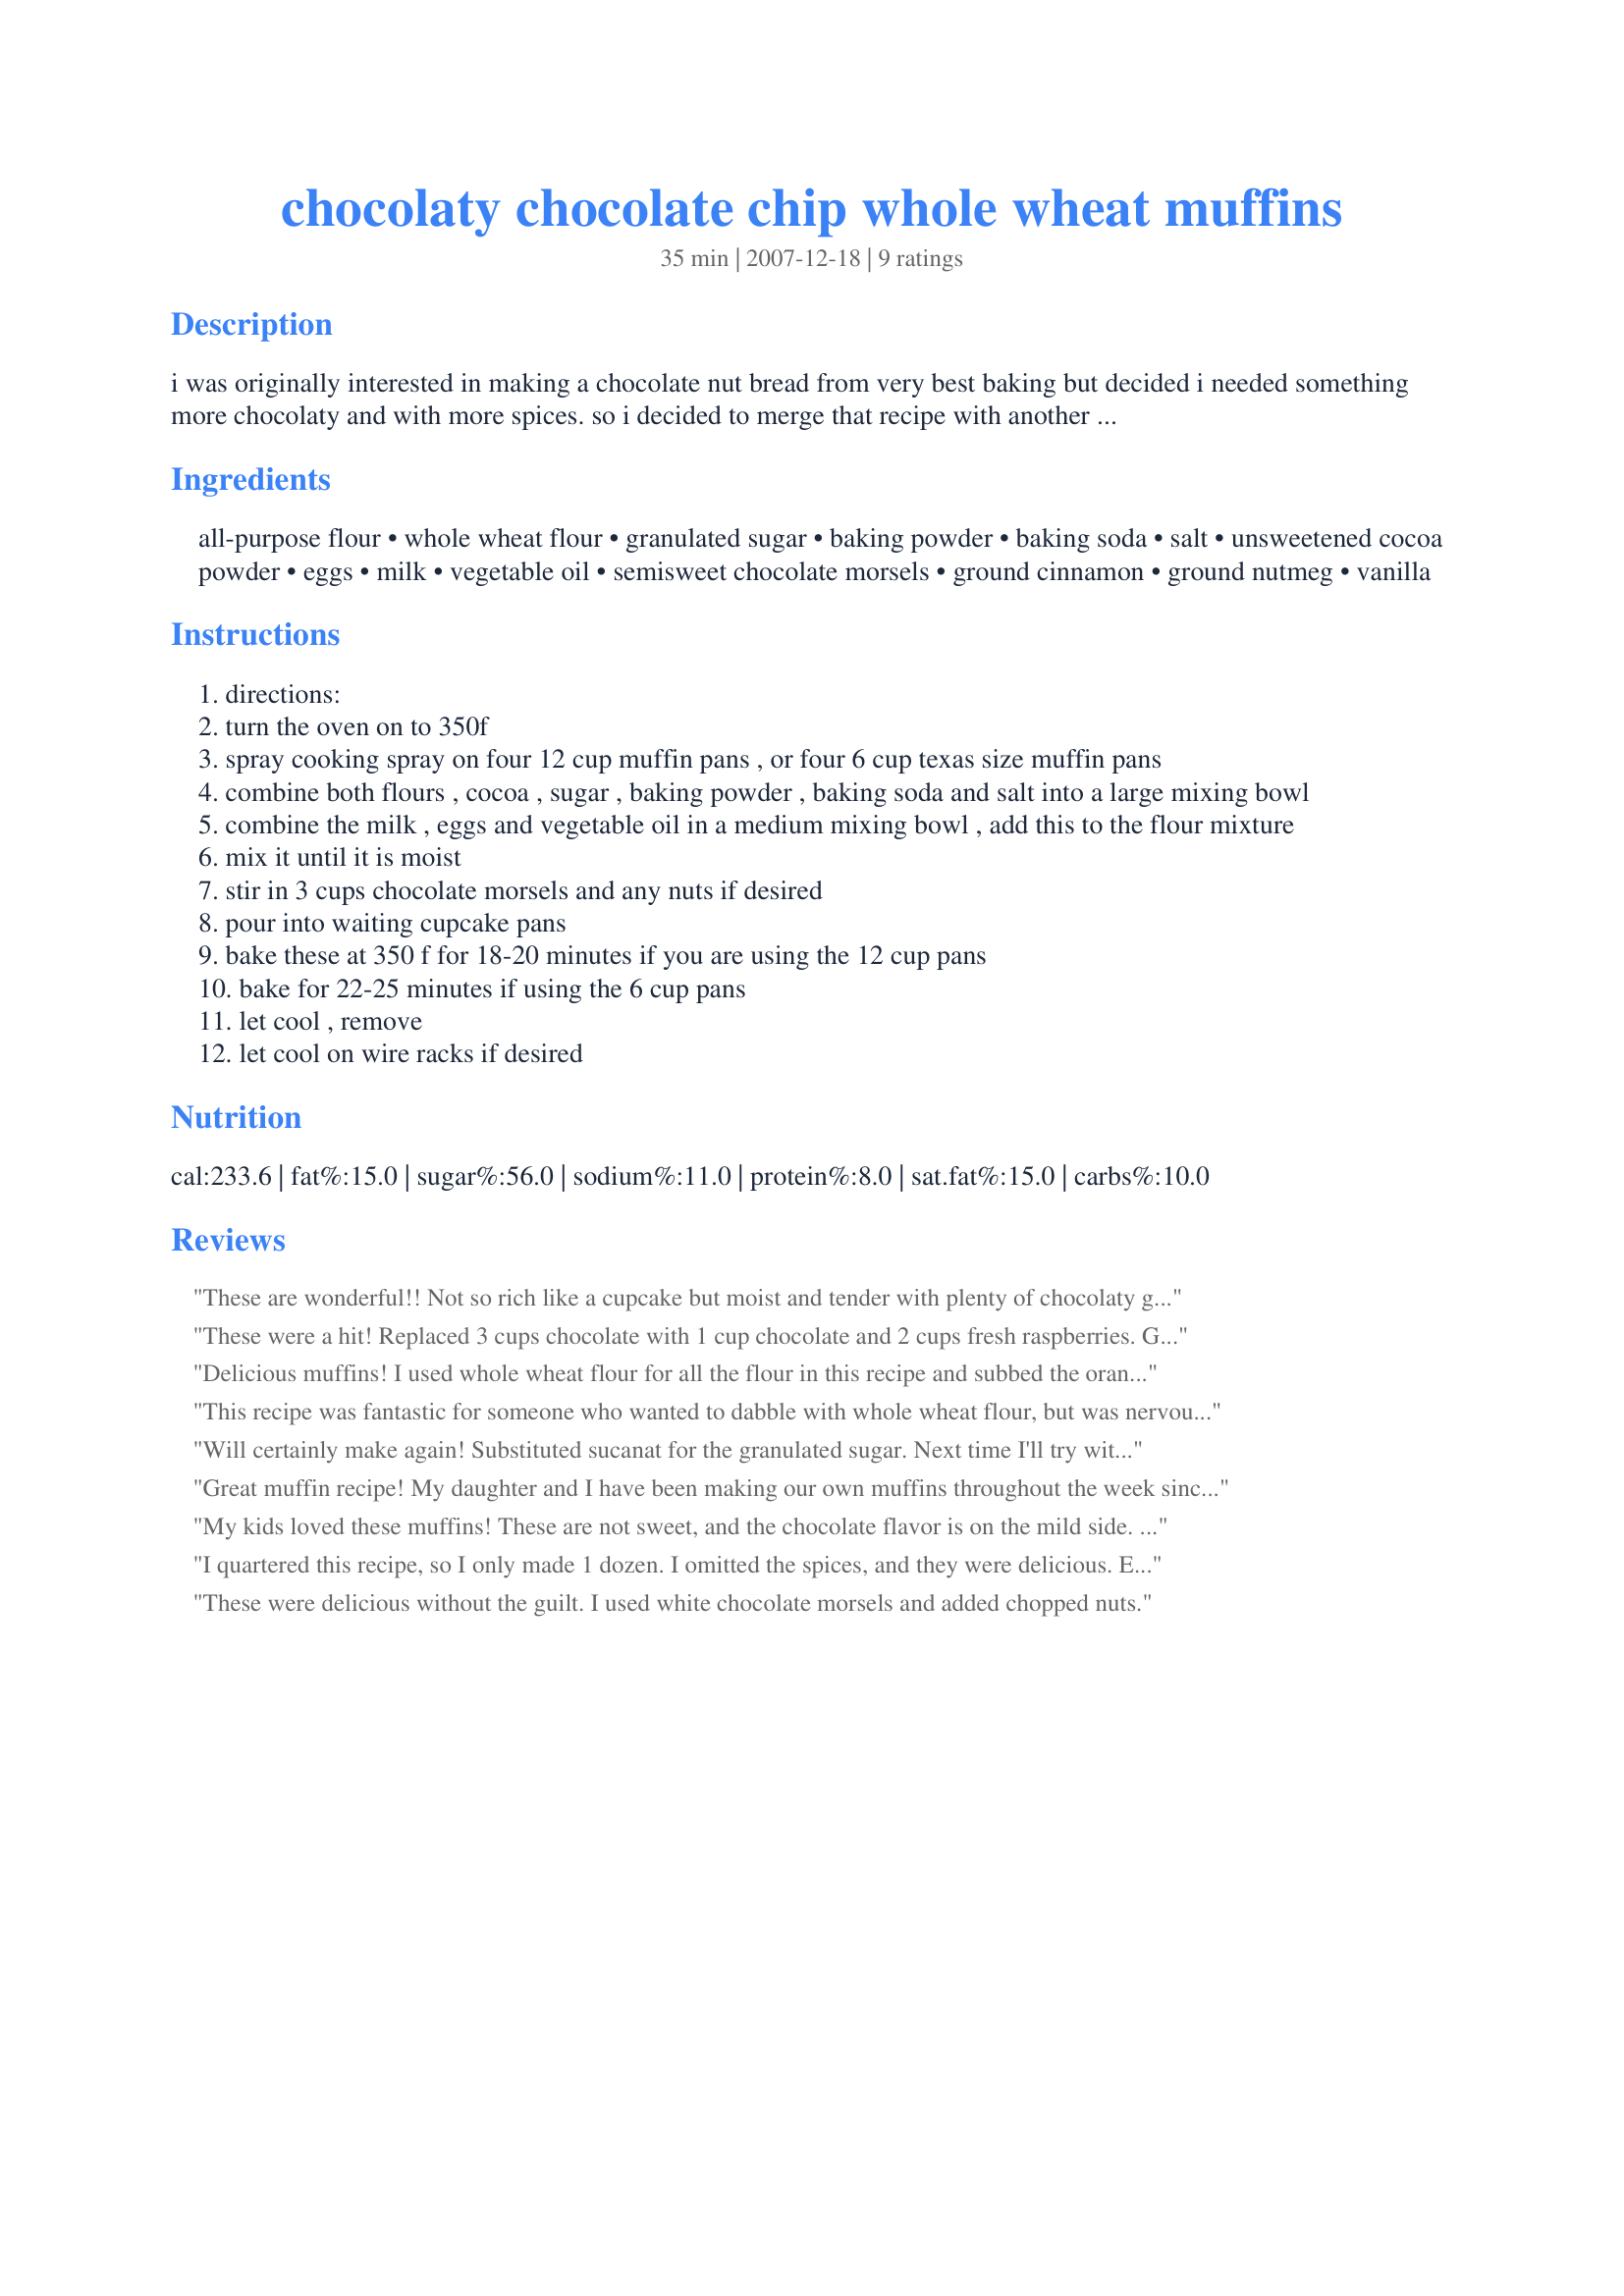
chocolaty chocolate chip whole wheat muffins
Preparation time: 35 minutes

i was originally interested in making a chocolate nut bread from very best baking but decided i needed something more chocolaty and with more spices. so i decided to merge that recipe with another muffin recipe i use that calls for cinnamon and nutmeg. i wanted it to look chocolaty too though so i also added cocoa powder. i do want to add that this recipe is not very sweet. it is just right. you can use just all purpose flour if desired. this recipe will make 48 regular sized muffins or 24 texas sized muffins. you can also freeze some for later.

Ingredients:
all-purpose flour, whole wheat flour, granulated sugar, baking powder, baking soda, salt, unsweetened cocoa powder, eggs, milk, vegetable oil, semisweet chocolate morsels, ground cinnamon, ground nutmeg, vanilla

Steps:
directions:
turn the oven on to 350f
spray cooking spray on four 12 cup muffin pans , or four 6 cup texas size muffin pans
combine both flours , cocoa , sugar , baking powder , baking soda and salt into a large mixing bowl
combine the milk , eggs and vegetable oil in a medium mixing bowl , add this to the flour mixture
mix it until it is moist
stir in 3 cups chocolate morsels and any nuts if desired
pour into waiting cupcake pans
bake these at 350 f for 18-20 minutes if you are using the 12 cup pans
bake for 22-25 minutes if using the 6 cup pans
let cool , remove
let cool on wire racks if desired

Reviews:
These are wonderful!! Not so rich like a cupcake but moist and tender with plenty of chocolaty goodness. They were a hit for kids and adults alike and I plan on making many more! Thanks for a great recipe!
These were a hit! Replaced 3 cups chocolate with 1 cup chocolate and 2 cups fresh raspberries. Great, moist texture, rich flavour. Thanks, Jasmine.
Delicious muffins! I used whole wheat flour for all the flour in this recipe and subbed the orange extract for the vanilla. I also stirred in almonds and coconut into half of the batter. These were great!
This recipe was fantastic for someone who wanted to dabble with whole wheat flour, but was nervous about creating chocolatey moon rocks : ) The recipe was spot on, easy to follow, and was exactly what I was looking for. The only changes I made were as follows...
I cut the sugar in 1/2 and used 1/4 Stevia in the Raw to supplement.
I added a cup of chopped walnuts for extra protein.
I added 1/4 cup of skim milk because of adding the walnuts.
I cut the oil in 1/2 and used applesauce to supplement the rest.
And finally, I cut the oven baking time by 2 minutes (but left the muffins in the tin for an extra 1-2 minutes to finish cooking through. I really wanted a super moist, &quot;oh this must be really bad for me&quot; (wink, wink) kind of treat.

Kudos to the author of this recipe! Very easy to follow and taking away my fear of using whole wheat flour. : )
Will certainly make again! Substituted sucanat for the granulated sugar. Next time I'll try with 100% whole wheat flour. Thanks for the recipe!
Great muffin recipe! My daughter and I have been making our own muffins throughout the week since we do not live close enough to a Wholefoods market and it is next to impossible to find organic muffins elsewhere! We make 2-3 batches each week and try to make a different one each time. We chose this one today because we were out of butter and I wanted to try one that had no rating yet. I halved the recipe and used organic whole wheat flour for all the flour called for. Subbed sugar in the raw for the sugar; those were the only to substitutions. The recipe directions were very well explained and the list of ingredients were easy. Used all organic ingredients right down to the unsweetened cocoa powder. I did, however, throw in some walnuts in the ones for me once the batter was in the tin. The texture is great; not too heavy but not spongy light. The flavor was terrific (my 4yr old daugther and I agreed) as it was not overly sweet but not lacking in flavor. We both decided we'd like these again so they will be made repeatedly. Thanks for sharing!
My kids loved these muffins! These are not sweet, and the chocolate flavor is on the mild side. Definitely a muffin, not a cupcake! Very tender and moist crumb. Excellent warm from the oven. I quartered the recipe, and that yielded a baker's dozen (13)!
I quartered this recipe, so I only made 1 dozen. I omitted the spices, and they were delicious. Exactly what I was looking for. Not too sweet but chocolatey. I will definitely make these again.
These were delicious without the guilt. I used white chocolate morsels and added chopped nuts.
